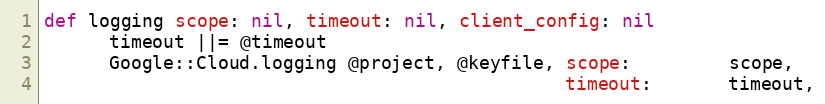
Language: Ruby
def logging scope: nil, timeout: nil, client_config: nil
      timeout ||= @timeout
      Google::Cloud.logging @project, @keyfile, scope:         scope,
                                                timeout:       timeout,